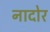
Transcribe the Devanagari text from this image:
नादोर